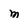
Character: m